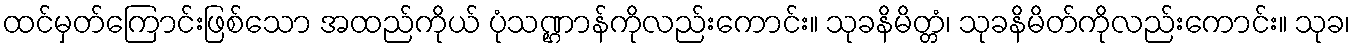
ထင်မှတ်ကြောင်းဖြစ်သော အထည်ကိုယ် ပုံသဏ္ဌာန်ကိုလည်းကောင်း။ သုခနိမိတ္တံ၊ သုခနိမိတ်ကိုလည်းကောင်း။ သုခ၊